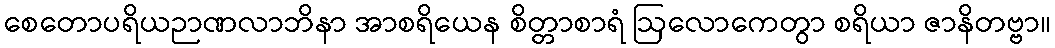
စေတောပရိယဉာဏလာဘိနာ အာစရိယေန စိတ္တာစာရံ ဩလောကေတွာ စရိယာ ဇာနိတဗ္ဗာ။